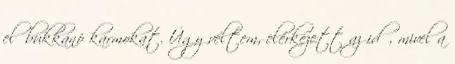
előbukkanó karmokat. Úgy véltem, elérkezett az idő, mivel a